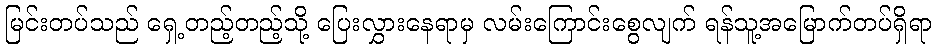
မြင်းတပ်သည် ရှေ့တည့်တည့်သို့ ပြေးလွှားနေရာမှ လမ်းကြောင်းစွေလျက် ရန်သူ့အမြောက်တပ်ရှိရာ